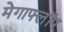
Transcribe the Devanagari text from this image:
मेगाफ्लॉप